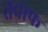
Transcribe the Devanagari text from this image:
तवाफ